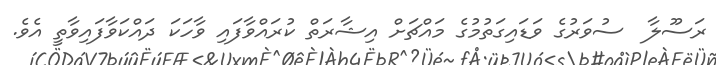
ރަސޫލާ  ސުވަރުގެ ވަޑައިގަތުމުގެ މައްޗަށް އިޝާރަތް ކުރައްވާފައި ވާހަކަ ދައްކަވާފައިވާތީ އެވެ.